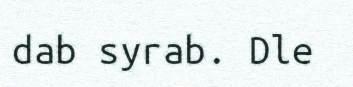
dab syrab. Dle